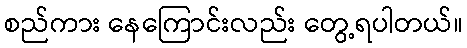
စည်ကား နေကြောင်းလည်း တွေ့ရပါတယ်။